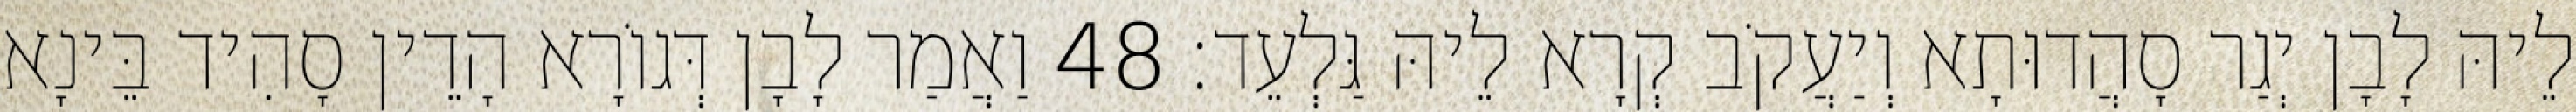
לֵיהּ לָבָן יְגַר סָהֲדוּתָא וְיַעֲקֹב קְרָא לֵיהּ גַּלְעֵד׃ 48 וַאֲמַר לָבָן דְּגוֹרָא הָדֵין סָהִיד בֵּינָא